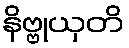
နိဗ္ဗုယှတိ